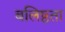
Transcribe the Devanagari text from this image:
बलिष्ठता